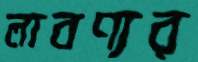
লাবণ্যর